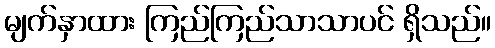
မျက်နှာထား ကြည်ကြည်သာသာပင် ရှိသည်။